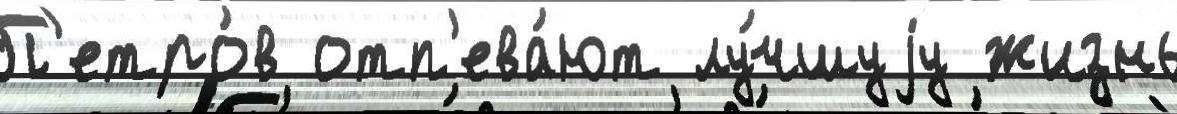
П'етро́в отп'ева́ют лу́чшуjу жизнь